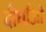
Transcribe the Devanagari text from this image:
दीर्घाओ